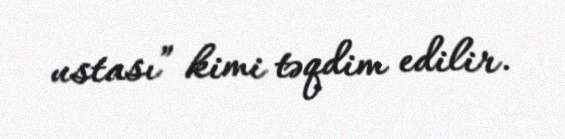
ustası” kimi təqdim edilir.